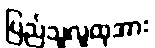
ပြည်သူလူထုအား